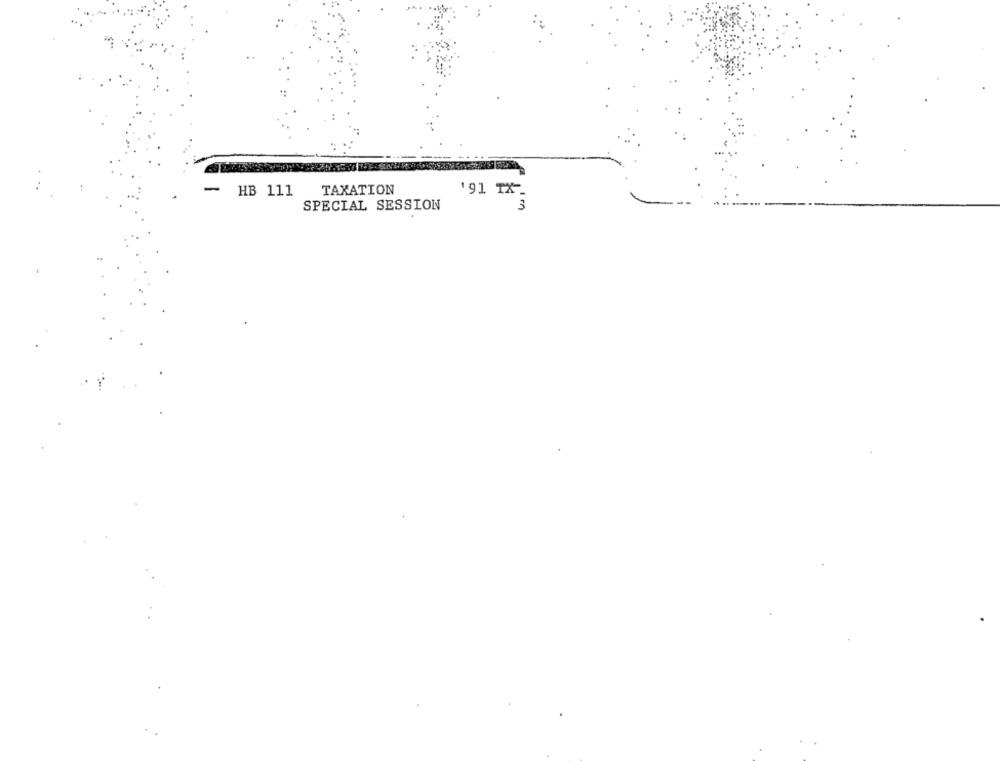
TAXATION
HB 111
91 TX-
SPECIAL SESSION
3